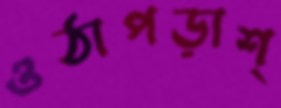
ওঠাপড়াশ্